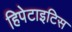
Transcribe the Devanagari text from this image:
हिपेटाइटिस